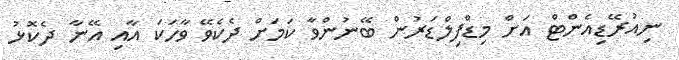
ނިއުރޭޑިއެންޓް އަށް މިޑްފިލްޑަރުން ބޭނުންވާ ކަމަށް ދެކެވޭ ވާހަކަ އާއި އޭނާ ދެކޮޅު